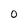
Character: O